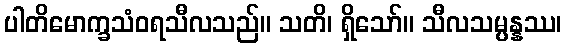
ပါတိမောက္ခသံဝရသီလသည်။ သတိ၊ ရှိသော်။ သီလသမ္ပန္နဿ၊